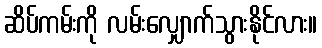
ဆိပ်ကမ်းကို လမ်းလျှောက်သွားနိုင်လား။